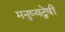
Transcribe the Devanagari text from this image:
मनुष्यद्वेषी